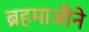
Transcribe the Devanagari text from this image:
ब्रहमाजीने